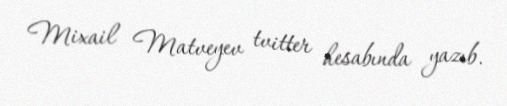
Mixail Matveyev tvitter hesabında yazıb.